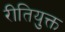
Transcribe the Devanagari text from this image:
रीतियुक्त